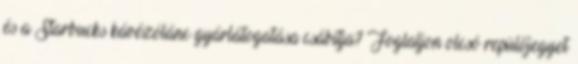
és a Starbucks kávézólánc gyárlátogatása csábítja? Foglaljon olcsó repülőjegyet